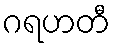
ဂရဟတီ